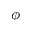
\phi